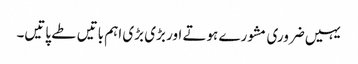
یہیں ضروری مشورے ہوتے اور بڑی بڑی اہم باتیں طے پاتیں۔